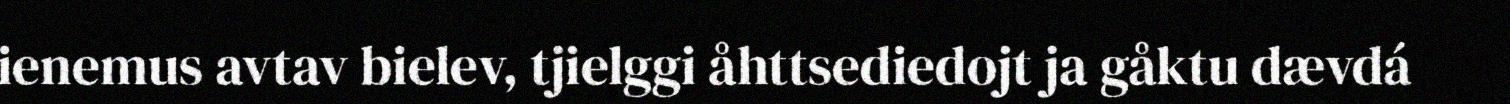
ienemus avtav bielev, tjielggi åhttsediedojt ja gåktu dævdá